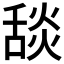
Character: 舕